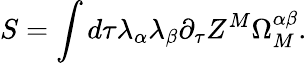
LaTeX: S=\int d\tau\lambda_{\alpha}\lambda_{\beta}\partial_{\tau}Z^{M}\Omega_{M}^{\alpha\beta}.